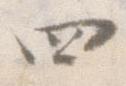
四